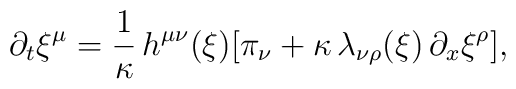
\partial_t \xi^\mu = \frac{1}{\kappa} \, h^{\mu \nu}(\xi) [\pi_\nu +\kappa \, \lambda_{\nu \rho}(\xi) \, \partial_x \xi^\rho],